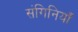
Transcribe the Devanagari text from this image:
संगिनियाँ